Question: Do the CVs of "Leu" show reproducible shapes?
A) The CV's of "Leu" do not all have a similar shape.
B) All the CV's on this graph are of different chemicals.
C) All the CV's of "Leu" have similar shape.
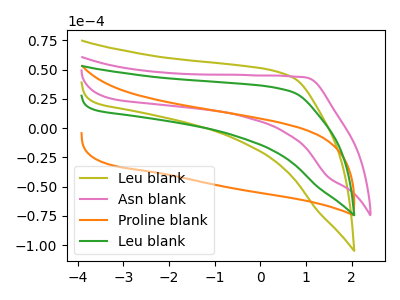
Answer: <think>The olive curve "Leu blank" has no peaks. The pink curve "Asn blank" has no peaks. The orange curve "Proline blank" has no peaks. The green curve "Leu blank" has no peaks.
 Neither "Leu blank" or "Asn blank" have any peaks. Neither "Leu blank" or "Proline blank" have any peaks. Neither "Leu blank" or "Leu blank" have any peaks. Neither "Asn blank" or "Proline blank" have any peaks. Neither "Asn blank" or "Leu blank" have any peaks. Neither "Proline blank" or "Leu blank" have any peaks.</think>
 <answer>C) All the CV's of "Leu" have similar shape.</answer>
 <eval>C</eval>